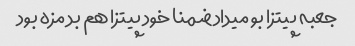
جعبه پیتزا بو میداد ضمنا خود پیتزا هم بد مزه بود